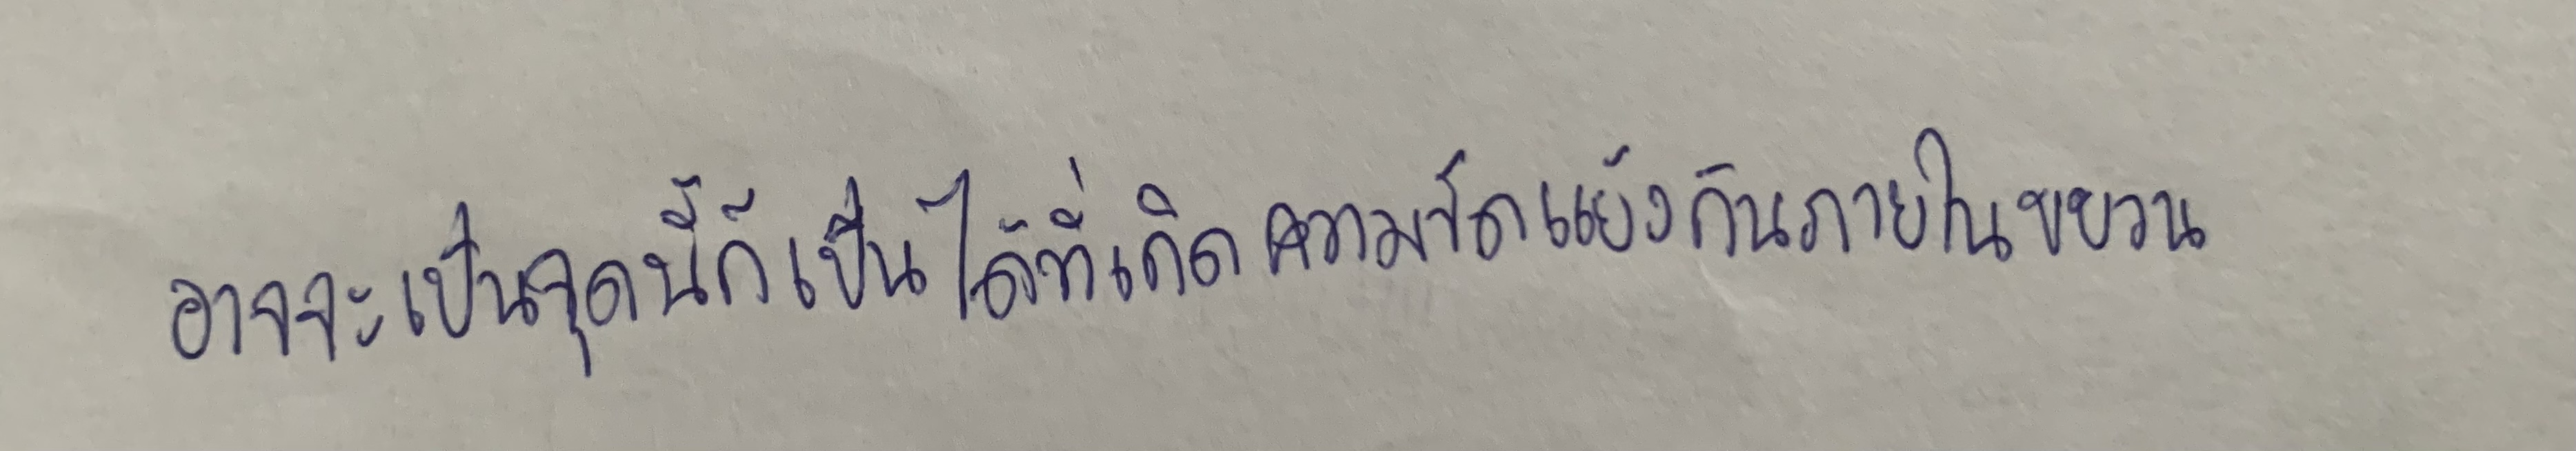
อาจจะเป็นจุดนี้ก็เป็นได้ที่เกิดความขัดแย้งกันภายในขบวน